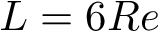
L = 6 R e